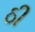
ઠી